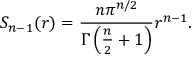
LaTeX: S _ { n - 1 } ( r ) = { \frac { n \pi ^ { n / 2 } } { \Gamma \left( { \frac { n } { 2 } } + 1 \right) } } r ^ { n - 1 } .